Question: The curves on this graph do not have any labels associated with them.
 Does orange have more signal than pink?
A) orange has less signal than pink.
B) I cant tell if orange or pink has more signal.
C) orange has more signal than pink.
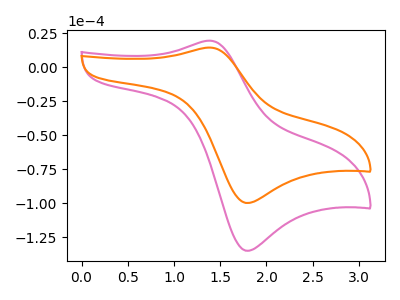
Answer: <think>The pink curve "pink" has an anodic peak at (1.40V, 19.50uA) and a cathodic peak at (1.80V, -135.05uA). The orange curve "orange" has an anodic peak at (1.40V, 14.45uA) and a cathodic peak at (1.80V, -99.90uA).
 All the peaks in "orange" have a peak in "pink" at the same potential. Every peak in "orange" is lower than every peak in "pink".</think>
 <answer>A) "orange" has less signal than "pink".</answer>
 <eval>A</eval>